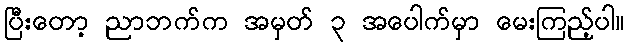
ပြီးတော့ ညာဘက်က အမှတ် ၃ အပေါက်မှာ မေးကြည့်ပါ။